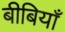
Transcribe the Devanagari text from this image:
बीबियाँ